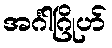
အင်္ဂါဂြိုဟ်